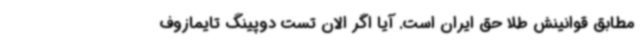
مطابق قوانینش طلا حق ایران است. آیا اگر الان تست دوپینگ تایمازوف